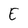
Character: E